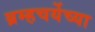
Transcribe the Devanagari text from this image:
ब्रम्हचर्येच्या